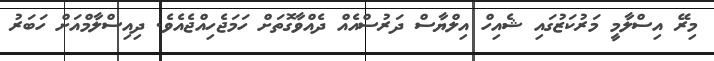
މިރޭ އިސްލާމީ މަރުކަޒުގައި ޝެއިހް އިލްޔާސް ދަރުސްއެއް ދެއްވާގޮތަށް ހަމަޖެހިއްޖެއެވެ. ދިއިސްލާމްއަށް ހަބަރު